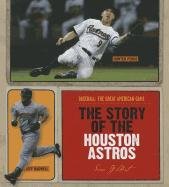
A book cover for The Story of the Houston Astros (Baseball: the Great American Game); Sara Gilbert; Teen & Young Adult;